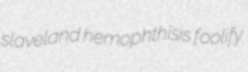
slaveland hemophthisis foolify